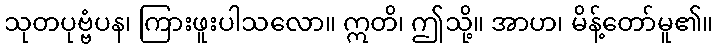
သုတပုဗ္ဗံပန၊ ကြားဖူးပါသလော။ ဣတိ၊ ဤသို့။ အာဟ၊ မိန့်တော်မူ၏။